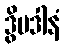
ဒွိပဒါနံ